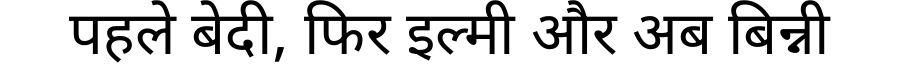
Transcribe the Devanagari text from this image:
पहले बेदी, फिर इल्मी और अब बिन्नी